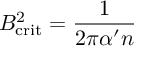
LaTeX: B _ { \mathrm { c r i t } } ^ { 2 } = \frac { 1 } { 2 \pi \alpha ^ { \prime } n }